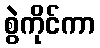
စွဲကိုင်ကာ